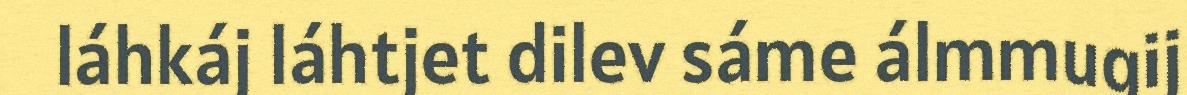
láhkáj láhtjet dilev sáme álmmugij